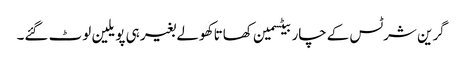
گرین شرٹس کےچار بیٹسمین کھاتا کھولے بغیر ہی پویلین لوٹ گئے۔